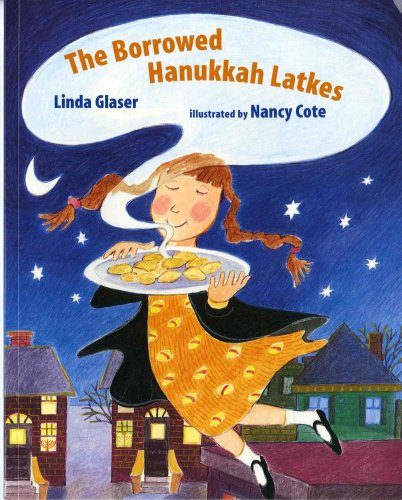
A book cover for The Borrowed Hanukkah Latkes (Albert Whitman Prairie Books); Linda Glaser; Children's Books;